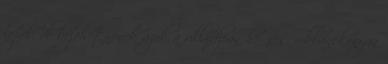
lepel, de bejöhetnének azok a villódzóan he- ves, robbanékonyan